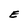
Character: E